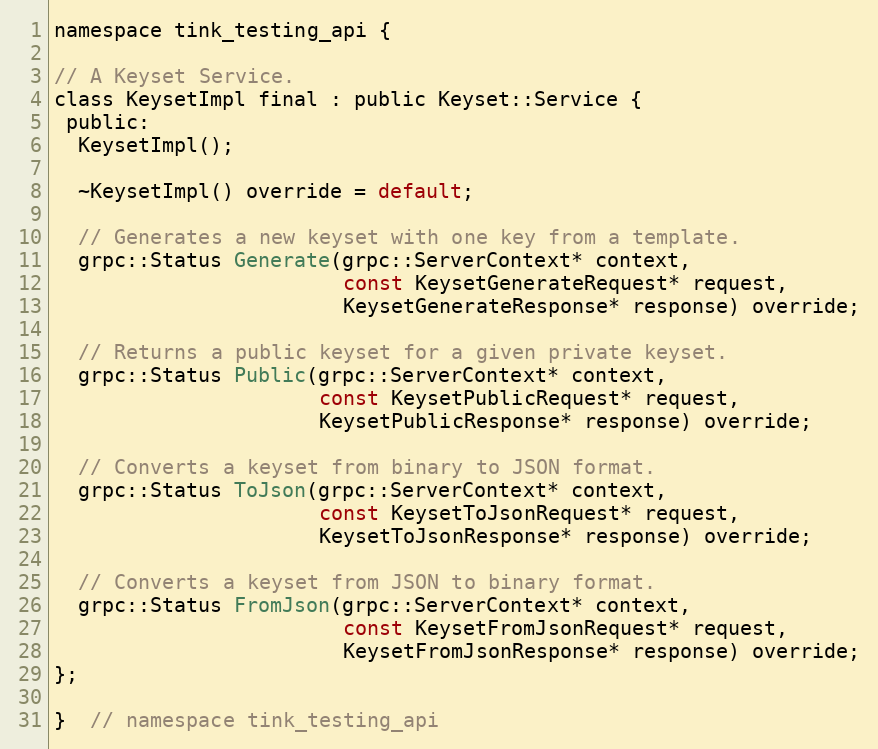
Language: C
namespace tink_testing_api {

// A Keyset Service.
class KeysetImpl final : public Keyset::Service {
 public:
  KeysetImpl();

  ~KeysetImpl() override = default;

  // Generates a new keyset with one key from a template.
  grpc::Status Generate(grpc::ServerContext* context,
                        const KeysetGenerateRequest* request,
                        KeysetGenerateResponse* response) override;

  // Returns a public keyset for a given private keyset.
  grpc::Status Public(grpc::ServerContext* context,
                      const KeysetPublicRequest* request,
                      KeysetPublicResponse* response) override;

  // Converts a keyset from binary to JSON format.
  grpc::Status ToJson(grpc::ServerContext* context,
                      const KeysetToJsonRequest* request,
                      KeysetToJsonResponse* response) override;

  // Converts a keyset from JSON to binary format.
  grpc::Status FromJson(grpc::ServerContext* context,
                        const KeysetFromJsonRequest* request,
                        KeysetFromJsonResponse* response) override;
};

}  // namespace tink_testing_api